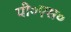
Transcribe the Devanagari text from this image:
पी०एस०